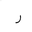
Letter: _ra